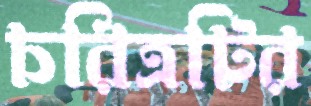
চরিত্রটির